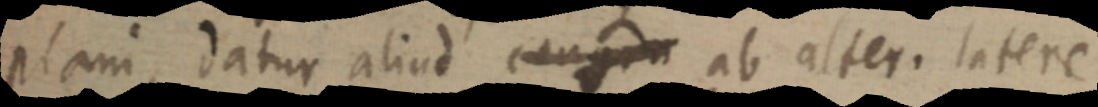
plani datur aliud congru ab alter. latere